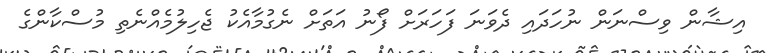
އިޝާން ވިސްނަން ނުހަދައި ދެވަނަ ފަހަރަށް ފޯނު އަތަށް ނެގުމާއެކު ޖެހިލުމެއްނެތި މުސްކާންގެ